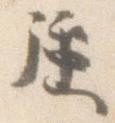
強